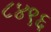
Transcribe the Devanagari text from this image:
८४९६